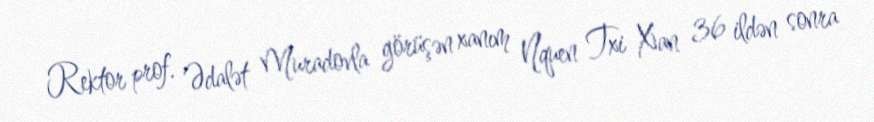
Rektor prof. Ədalət Muradovla görüşən xanım Nquen Txi Xan 36 ildən sonra